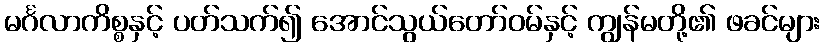
မင်္ဂလာကိစ္စနှင့် ပတ်သက်၍ အောင်သွယ်တော်ဝမ်နှင့် ကျွန်မတို့၏ ဖခင်များ